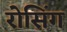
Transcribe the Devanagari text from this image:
रोसिंग